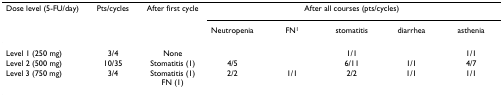
<table><thead><tr><td><b>Dose level (5-FU/day)</b></td><td><b>Pts/cycles</b></td><td><b>After first cycle</b></td><td colspan="5"><b>After all courses (pts/cycles)</b></td></tr><tr><td></td><td></td><td></td><td><b>Neutropenia</b></td><td><b>FN<sup>1</sup></b></td><td><b>stomatitis</b></td><td><b>diarrhea</b></td><td><b>asthenia</b></td></tr></thead><tbody><tr><td>Level 1 (250 mg)</td><td>3/4</td><td>None</td><td></td><td></td><td>1/1</td><td></td><td>1/1</td></tr><tr><td>Level 2 (500 mg)</td><td>10/35</td><td>Stomatitis (1)</td><td>4/5</td><td></td><td>6/11</td><td>1/1</td><td>4/7</td></tr><tr><td>Level 3 (750 mg)</td><td>3/4</td><td>Stomatitis (1)FN (1)</td><td>2/2</td><td>1/1</td><td>2/2</td><td>1/1</td><td>1/1</td></tr></tbody></table>